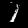
Label: 1